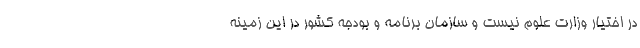
در اختیار وزارت علوم نیست و سازمان برنامه و بودجه کشور در این زمینه